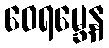
ဝေရမ္ဘေန